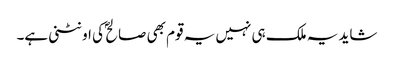
شاید یہ ملک ہی نہیں یہ قوم بھی صالح ؐ کی اونٹنی ہے۔